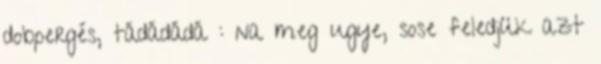
dobpergés, tádádádá : na meg ugye, sose feledjük azt